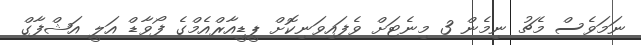
ނަމަވެސް މެޗު ނިމެން 3 މިނެޓަށް ވެފައިވަނިކޮށް ޕީޑީއާރްއެމްގެ ފޯވާޑް އަލީ އަޝްފާގް